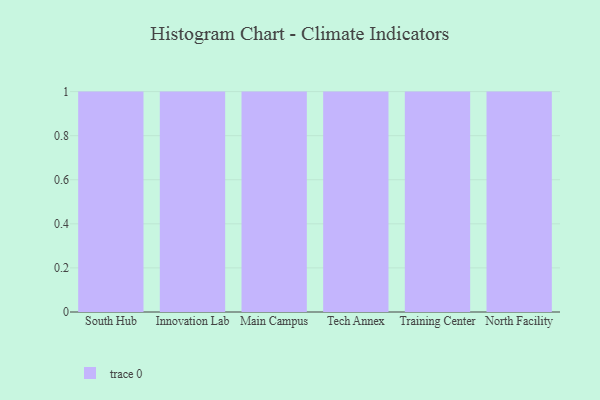
{"axis": {"x": "Campus", "y": "Website Visitors"}, "legend": [""], "data": [{"x": "South Hub", "y": 28, "type": ""}, {"x": "Innovation Lab", "y": 76, "type": ""}, {"x": "Main Campus", "y": 89, "type": ""}, {"x": "Tech Annex", "y": 50, "type": ""}, {"x": "Training Center", "y": 32, "type": ""}, {"x": "North Facility", "y": 45, "type": ""}]}